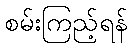
စမ်းကြည့်ရန်